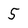
Character: 5